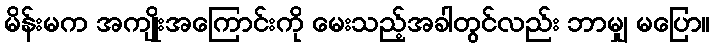
မိန်းမက အကျိုးအကြောင်းကို မေးသည့်အခါတွင်လည်း ဘာမျှ မပြော။